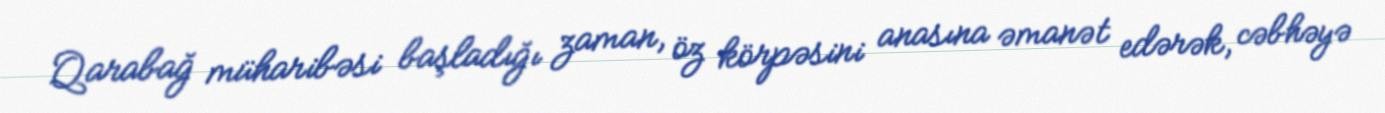
Qarabağ müharibəsi başladığı zaman, öz körpəsini anasına əmanət edərək, cəbhəyə